Report on vaccination in Madras 1895-1903 - 1895-1903
Year: 1895
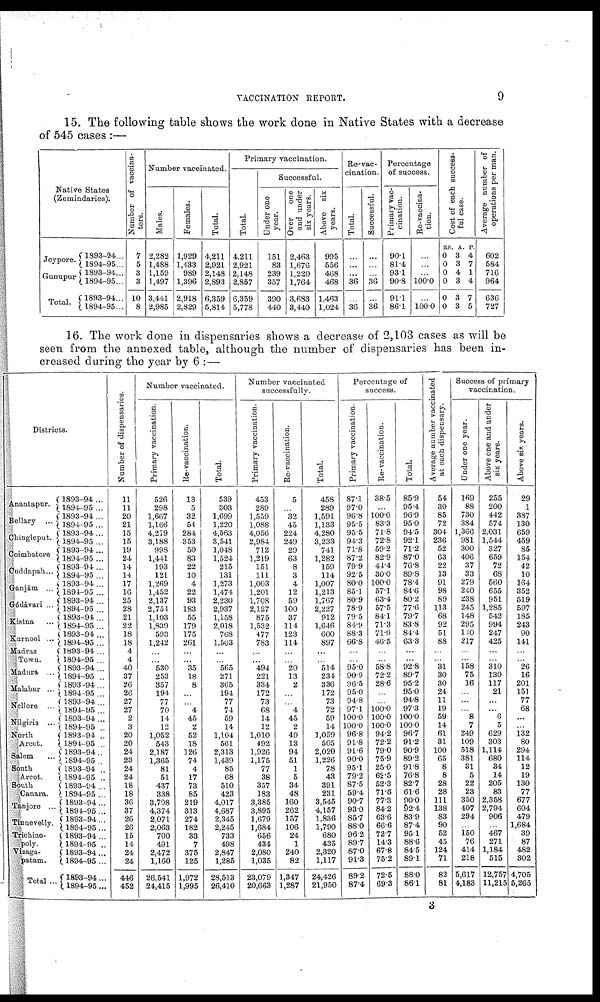
VACCINATION REPORT.
9
15. The following table shows the work done in Native States with a decrease
of 545 cases :—
Native States
(Zemindaries).
Jeypore.
Gunupur
Total.
1893-94...
1894-95...
1893-94...
1894-95...
1893-94...
1894-95...
Number of vaccina-
tors.
7
5
3
3
10
8
Number vaccinated.
Males.
2,282
1,488
1,159
1,497
3,441
2,985
Females.
1,929
1,433
989
1,396
2,918
2,829
Total.
4,211
2,921
2,148
2,893
6,359
5,814
Primary vaccination.
Total
4,211
2,921
2,148
2,857
6,359
5,778
Successful.
Under one
year.
151
83
239
357
390
440
Over
one
and under
six years.
2,463
1,676
1,220
1,764
3,683
3,440
Above six
years.
995
556
468
468
1,463
1,024
Re-vac-
cination.
Total.
...
...
...
36
...
36
Successful.
...
...
...
36
...
36
Percentage
of success.
Primary vac-
cination.
90.1
81.4
93.1
90.8
91.1
86.1
Re-vaccina¬
tion.
...
...
...
100.0
...
100.0
Cost of each success-
ful case.
RS
0
0
0
0
0
0
A.
3
3
4
3
3
3
P.
4
7
1
4
7
5
Average number of
operations per man.
602
584
716
964
636
727
16. The work done in dispensaries shows a decrease of 2,103 cases as will be
seen from the annexed table, although the number of dispensaries has been in-
creased during the year by 6 :—
Districts.
Anantapur.
Bellary ...
Chingleput.
Coimbatore
Cuddapah...
Ganjám ...
Gódávari ...
Kistna
...
Kurnool ...
Madras
Town.
Madura ...
Malabar ...
Nellore ...
Nilgiris ...
North
Arcot.
Salem ...
South
Arcot.
South
Canara.
Tanjore ...
Tinnevelly.
Trichino¬
poly.
Vizaga¬
patam.
Total ...
1893-94 ...
1894-95 ...
1893-94 ...
1894-95 ...
1893-94 ...
1894-95 ...
1893-94 ...
1894-95 ...
1893-94 ...
1894-95 ...
1893-94...
1894-95 ...
1893-94...
1894-95 ...
1893-94...
1894-95...
1893-94 ...
1894-95 ...
1893-94 ...
1894-95 ...
1893-94...
1894-95 ..
1893-94...
1894-95...
1893-94...
1894-95...
1893-94 ...
11894-95 ..
1893-94 ..
1894-95 ...
1893-94 ..
1894-95 ..
1893-94 ..
1894-95 ..
1893-94...
1894-95 ...
1893-94...
1894-95 ...
1893-94...
1894-95...
1893-94...
1894-95 ..
1893-94...
1894-95...
1893-94...
1894-95...
Number of dispensaries.
11
11
20
21
15
15
19
24
14
14
17
16
25
28
21
22
18
18
4
4
40
37
26
26
27
27
2
3
20
20
24
23
24
24
18
18
36
37
26
26
15
14
24
24
446
452
Number vaccinated.
Primary vaccination.
526
298
1,667
1,166
4,279
3,188
998
1,441
193
121
1,269
1,452
2,137
2,754
1,103
1,839
593
1,242
...
...
530
253
357
194
77
70
14
12
1,052
543
2,187
1,365
81
51
437
338
3,798
4,374
2,071
2,063
700
491
2,472
1,160
26,541
24,415
Re-vaccination.
13
5
32
54
284
353
50
83
22
10
4
22
93
183
55
179
175
261
...
...
35
18
8
...
...
4
45
2
52
18
126
74
4
17
73
85
219
313
274
182
33
7
375
125
1,972
1,995
Total.
539
303
1,699
1,220
4,563
3,541
1,048
1,524
215
131
1,273
1,474
2,230
2,937
1,158
2,018
768
1,503
...
...
565
271
365
194
77
74
59
14
11,104
561
2,313
1,439
85
68
510
423
4,017
4,687
2,345
2,245
733
498
2,847
1,285
28,513
26,410
Number vaccinated
successfully.
Primary vaccination.
453
289
1,559
1,088
4,056
2,984
712
1,219
151
111
1,003
1,201
1,708
2,127
875
1,532
477
783
...
...
494
221
334
172
73
68
14
12
1,010
492
1,926
1,175
77
38
357
183
3,385
3,895
1,679
1,684
656
434
2,080
1,035
23,079
20,663
Re-vaccination.
5
...
32
45
224
249
29
63
8
3
4
12
59
100
37
114
123
114
...
...
20
13
2
...
...
4
45
2
49
13
94
51
1
5
34
48
160
262
157
106
24
1
240
82
1,347
1,287
Total.
458
289
1,591
1,133
4,280
3,233
741
1,282
159
114
1,007
1,213
1,767
2,227
912
1,646
600
897
...
...
514
234
336
172
73
72
59
14
1,059
505
2,020
1,226
78
43
391
231
3,545
4,157
1,836
1,790
680
435
2,320
1,117
24,426
21,950
Percentage of
success.
Primary vaccination.
87.1
97.0
96.8
95.5
95.5
94.3
71.8
87.2
79.9
92.5
80.0
85.1
80.9
78.9
79.5
84.9
88.3
66.8
...
...
95.0
90.9
96.5
95.0
94.8
97.1
100.0
100.0
96.8
91.8
91.6
90.0
95.1
79.2
87.5
59.4
90.7
93.0
85.7
88.0
96.2
89.7
87.0
91.3
89.2
87.4
Re-vaccination.
38.5
...
100.0
83.3
71.8
72.8
59.2
82.9
44.4
30.0
100.0
57.1
63.4
57.5
84.1
71.3
71.9
46.5
...
...
58.8
72.2
28.6
...
...
100.0
100.0
100.0
94.2
72.2
79.0
75.9
25.0
62.5
52.3
71.6
77.3
84.2
63.6
66.6
72.7
14.3
67.8
75.2
72.5
69.3
Total.
85.9
95.4
96.9
95.0
94.5
92.1
71.2
87.0
76.8
89.8
78.4
84.6
80.2
77.6
79.7
83.8
84.4
63.3
...
...
92.8
89.7
95.2
95.0
94.8
97.3
100.0
100.0
96.7
91.2
90.9
89.2
91.8
76.8
82.7
61.6
90.0
92.4
83.9
87.4
95.1
88.6
84.5
89.1
88.0
86.1
Average number vaccinated
at each dispensary.
54
30
85
72
304
236
52
63
22
13
91
98
89
113
68
92
51
88
...
...
31
30
30
24
11
19
59
14
61
31
100
65
8
8
28
28
111
138
83
90
52
45
124
71
82
81
Success of primary
vaccination.
Under one year.
169
88
730
384
1,366
981
300
406
37
33
279
240
238
245
148
295
140
217
...
...
158
75
16
...
...
...
8
7
249
109
518
381
31
5
22
23
350
407
294
...
150
76
414
218
5,617
4,183
Above one and under
six years.
255
200
442
574
2,031
1,544
327
659
72
68
560
655
951
1,285
542
994
247
425
...
...
310
130
117
21
...
...
6
5
629
303
1,114
680
34
14
205
83
2,358
2,794
906
...
467
271
1,184
515
12,757
11,215
Above six years.
29
1
387
130
659
459
85
154
42
10
164
352
519
597
185
243
90
141
...
...
26
16
201
151
77
68
...
...
132
80
294
114
12
19
130
77
677
604
479
1,684
39
87
482
302
4,705
5,265
3